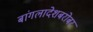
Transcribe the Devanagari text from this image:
बांगलादेशबरोबर